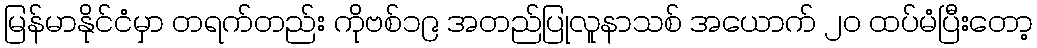
မြန်မာနိုင်ငံမှာ တရက်တည်း ကိုဗစ်၁၉ အတည်ပြုလူနာသစ် အယောက် ၂၀ ထပ်မံပြီးတော့